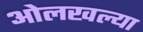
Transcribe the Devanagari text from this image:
ओलखल्या